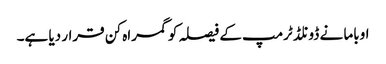
اوباما نے ڈونلڈ ٹرمپ کے فیصلہ کو گمراہ کن قرار دیا ہے۔